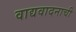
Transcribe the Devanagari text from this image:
वाद्यवादनाची